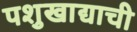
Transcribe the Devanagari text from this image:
पशुखाद्याची